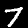
Label: 7